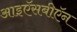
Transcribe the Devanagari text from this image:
आइऍसबीऍन